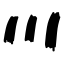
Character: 川